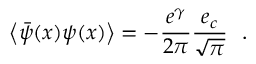
\left< \bar { \psi } ( x ) \psi ( x ) \right> = - \frac { e ^ { \gamma } } { 2 \pi } \frac { e _ { c } } { \sqrt { \pi } } ~ ~ .